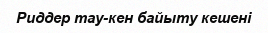
Риддер тау-кен байыту кешені